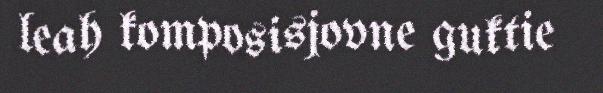
leah komposisjovne guktie